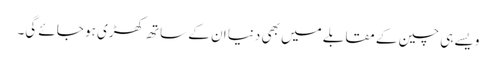
ویسے ہی چین کے مقابلے میں بھی دنیا ان کے ساتھ کھڑی ہو جائے گی۔